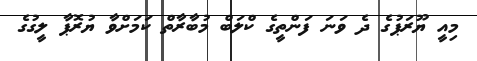
މިއީ ޔޫރަޕުގެ ދެ ވަނަ ފަންތީގެ ކްލަބް މުބާރާތް ކަމަށްވާ ޔުރޮޕާ ލީގުގެ